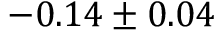
- 0 . 1 4 \pm 0 . 0 4